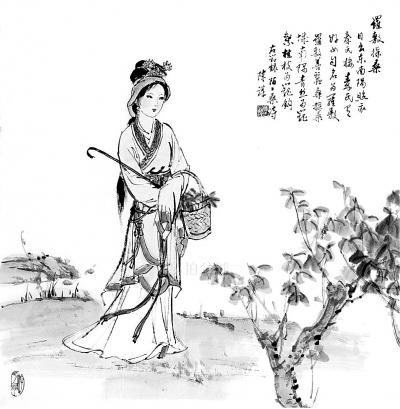
妾本秦罗敷，玉颜艳名都。